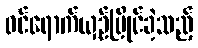
ဝင်ရောက်ယှဉ်ပြိုင်ခဲ့သည့်